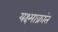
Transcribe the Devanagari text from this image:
यक्ष्माक्रांत